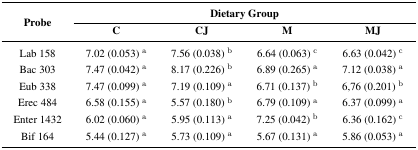
| <ROWSPAN=2> Probe | <COLSPAN=4> Dietary Group |
 | C | CJ | M | MJ |
 | --- | --- | --- | --- | --- |
 | Lab 158 | 7.02 (0.053) a | 7.56 (0.038) b | 6.64 (0.063) c | 6.63 (0.042) c |
 | Bac 303 | 7.47 (0.042) a | 8.17 (0.226) b | 6.89 (0.265) a | 7.12 (0.038) a |
 | Eub 338 | 7.47 (0.099) a | 7.19 (0.109) a | 6.71 (0.137) b | 6,76 (0.201) b |
 | Erec 484 | 6.58 (0.155) a | 5.57 (0.180) b | 6.79 (0.109) a | 6.37 (0.099) a |
 | Enter 1432 | 6.02 (0.060) a | 5.95 (0.113) a | 7.25 (0.042) b | 6.36 (0.162) c |
 | Bif 164 | 5.44 (0.127) a | 5.73 (0.109) a | 5.67 (0.131) a | 5.86 (0.053) a |